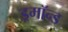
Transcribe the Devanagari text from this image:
ड्रमॉन्ड